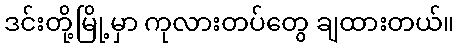
ဒင်းတို့မြို့မှာ ကုလားတပ်တွေ ချထားတယ်။